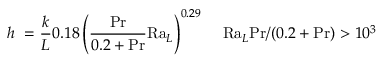
h \ = { \frac { k } { L } } 0 . 1 8 \left( { \frac { \mathrm { P r } } { 0 . 2 + \mathrm { P r } } } \mathrm { R a } _ { L } \right) ^ { 0 . 2 9 } \, \quad \mathrm { R a } _ { L } \mathrm { P r } / ( 0 . 2 + \mathrm { P r } ) > 1 0 ^ { 3 }